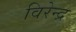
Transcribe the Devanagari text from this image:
विरेन्‍द्र